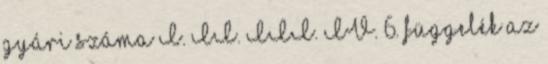
gyári száma I. II. III. IV. 6. függelék az